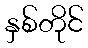
နှစ်တိုင်